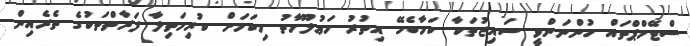
ސްޓޭމްޕްތައް ހުންނަންވީ ސައިޒުތަކާ ކަމާބެހޭ އިތުރު މަޢުލޫމާތު މިކަމަށް ކުރިމަތިލާ ފަރާތްތަކުގެ ތެރެއިން